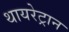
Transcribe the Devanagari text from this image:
थायरेट्रान